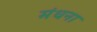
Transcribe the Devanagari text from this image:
मंधना